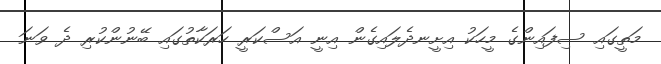
މަތީގައި ސިފައިންގެ މީހަކު އިށީނދެލައިގެން އިނީ އަސްކަރީ ހަރަކާތުގައި ބޭނުންކުރި ދެ ވަނަ